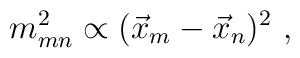
m^2_{mn}\propto (\vec x_m -\vec x_n)^2 \ ,